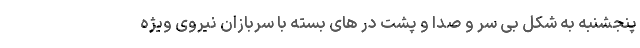
پنجشنبه به شکل بی سر و صدا و پشت در های بسته با سربازان نیروی ویژه